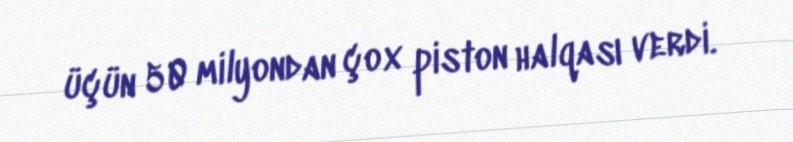
üçün 50 milyondan çox piston halqası verdi.